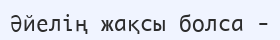
Әйелің жақсы болса -